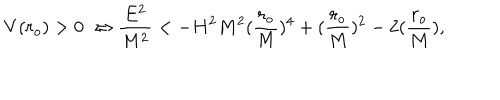
LaTeX: V ( r _ { o } ) > 0 \; \Leftrightarrow \frac { E ^ { 2 } } { M ^ { 2 } } < - H ^ { 2 } M ^ { 2 } ( \frac { r _ { o } } { M } ) ^ { 4 } + ( \frac { r _ { o } } { M } ) ^ { 2 } - 2 ( \frac { r _ { o } } { M } ) ,